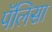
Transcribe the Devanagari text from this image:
पॅलिसा